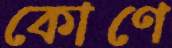
কোণে